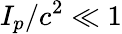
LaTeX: I_{p}/c^{2}\ll 1